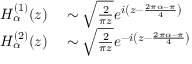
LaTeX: \begin{array} { r l } { H _ { \alpha } ^ { ( 1 ) } ( z ) } & { { } \sim { \sqrt { \frac { 2 } { \pi z } } } e ^ { i \left( z - { \frac { 2 \pi \alpha - \pi } { 4 } } \right) } } \\ { H _ { \alpha } ^ { ( 2 ) } ( z ) } & { { } \sim { \sqrt { \frac { 2 } { \pi z } } } e ^ { - i \left( z - { \frac { 2 \pi \alpha - \pi } { 4 } } \right) } } \end{array}